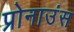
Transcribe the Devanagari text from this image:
प्रोनाउंस